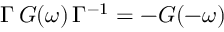
\Gamma \, G ( \omega ) \, \Gamma ^ { - 1 } = - G ( - \omega )